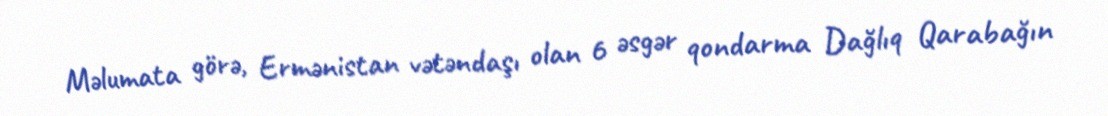
Məlumata görə, Ermənistan vətəndaşı olan 6 əsgər qondarma Dağlıq Qarabağın